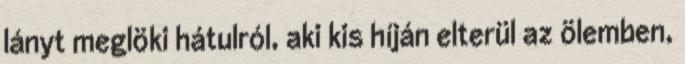
lányt meglöki hátulról, aki kis híján elterül az ölemben,